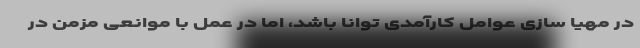
در مهیا سازی عوامل کارآمدی توانا باشد، اما در عمل با موانعی مزمن در